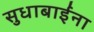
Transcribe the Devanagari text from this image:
सुधाबाईंना